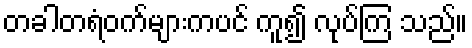
တခါတရံဝက်များကပင် ကူ၍ လုပ်ကြ သည်။